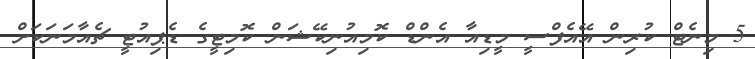
5 މިނެޓް ކުރިން އޭއެފްސީ މީޑިއާ އެންޑް ކޮމިއުނިކޭޝަން ކޮމިޓީގެ ޑެޕިއުޓީ ޗެއާމަނަކަށް